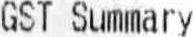
GST SUMMARY